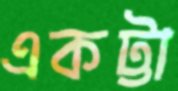
একট্টা